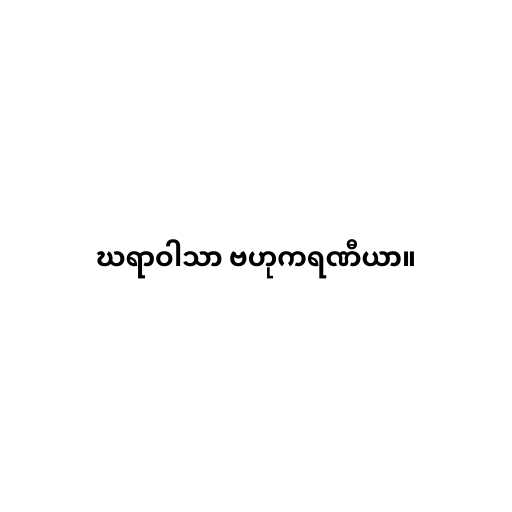
ဃရာဝါသာ ဗဟုကရဏီယာ။